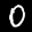
Label: 0